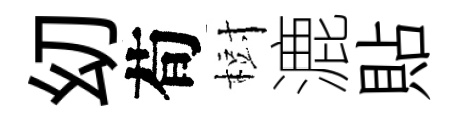
㓜荀𣗳漉貼